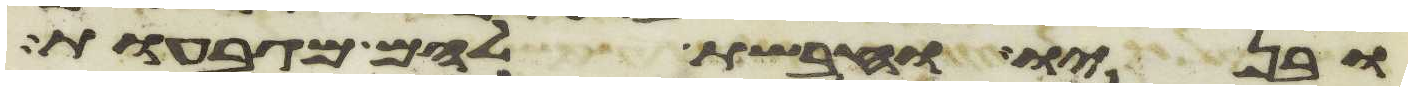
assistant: ובניו וחבשת להם מגבעות